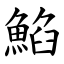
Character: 䱤